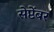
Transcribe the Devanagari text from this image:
सेप्टेंबर